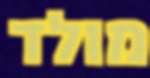
מולד